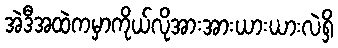
အဲဒီအထဲကမှာကိုယ်လိုအားအားယားယားလဲရှိ